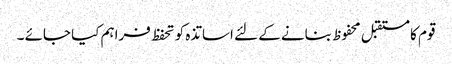
قوم کا مستقبل محفوظ بنانے کے لئے اساتذہ کو تحفظ فراہم کیا جائے ۔